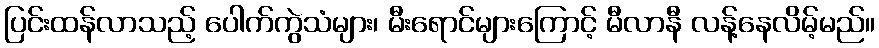
ပြင်းထန်လာသည့် ပေါက်ကွဲသံများ၊ မီးရောင်များကြောင့် မီလာနီ လန့်နေလိမ့်မည်။